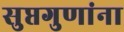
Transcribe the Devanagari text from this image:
सुप्तगुणांना